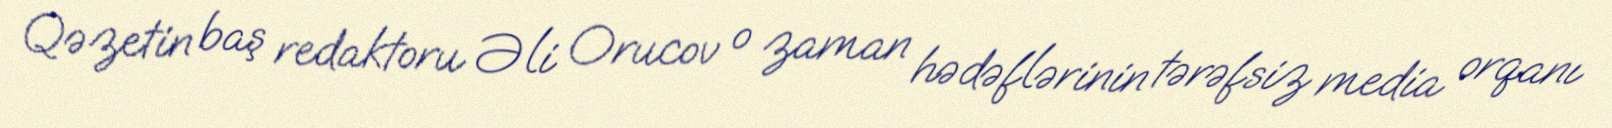
Qəzetin baş redaktoru Əli Orucov o zaman hədəflərinin tərəfsiz media orqanı